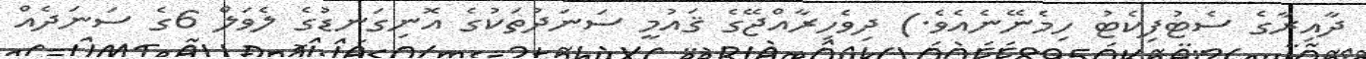
ދާއިރާގެ ސެޓުފިކެޓު ހިމެނޭނެއެވެ.) ދިވެހިރާއްޖޭގެ ޤައުމީ ސަނަދުތަކުގެ އޮނިގަނޑުގެ ލެވަލް 6ގެ ސަނަދެއް